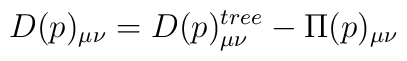
D(p)_{\mu \nu}=D(p)_{\mu \nu}^{tree}-\Pi(p)_{\mu \nu}